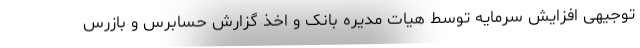
توجیهی افزایش سرمایه توسط هیات مدیره بانک و اخذ گزارش حسابرس و بازرس